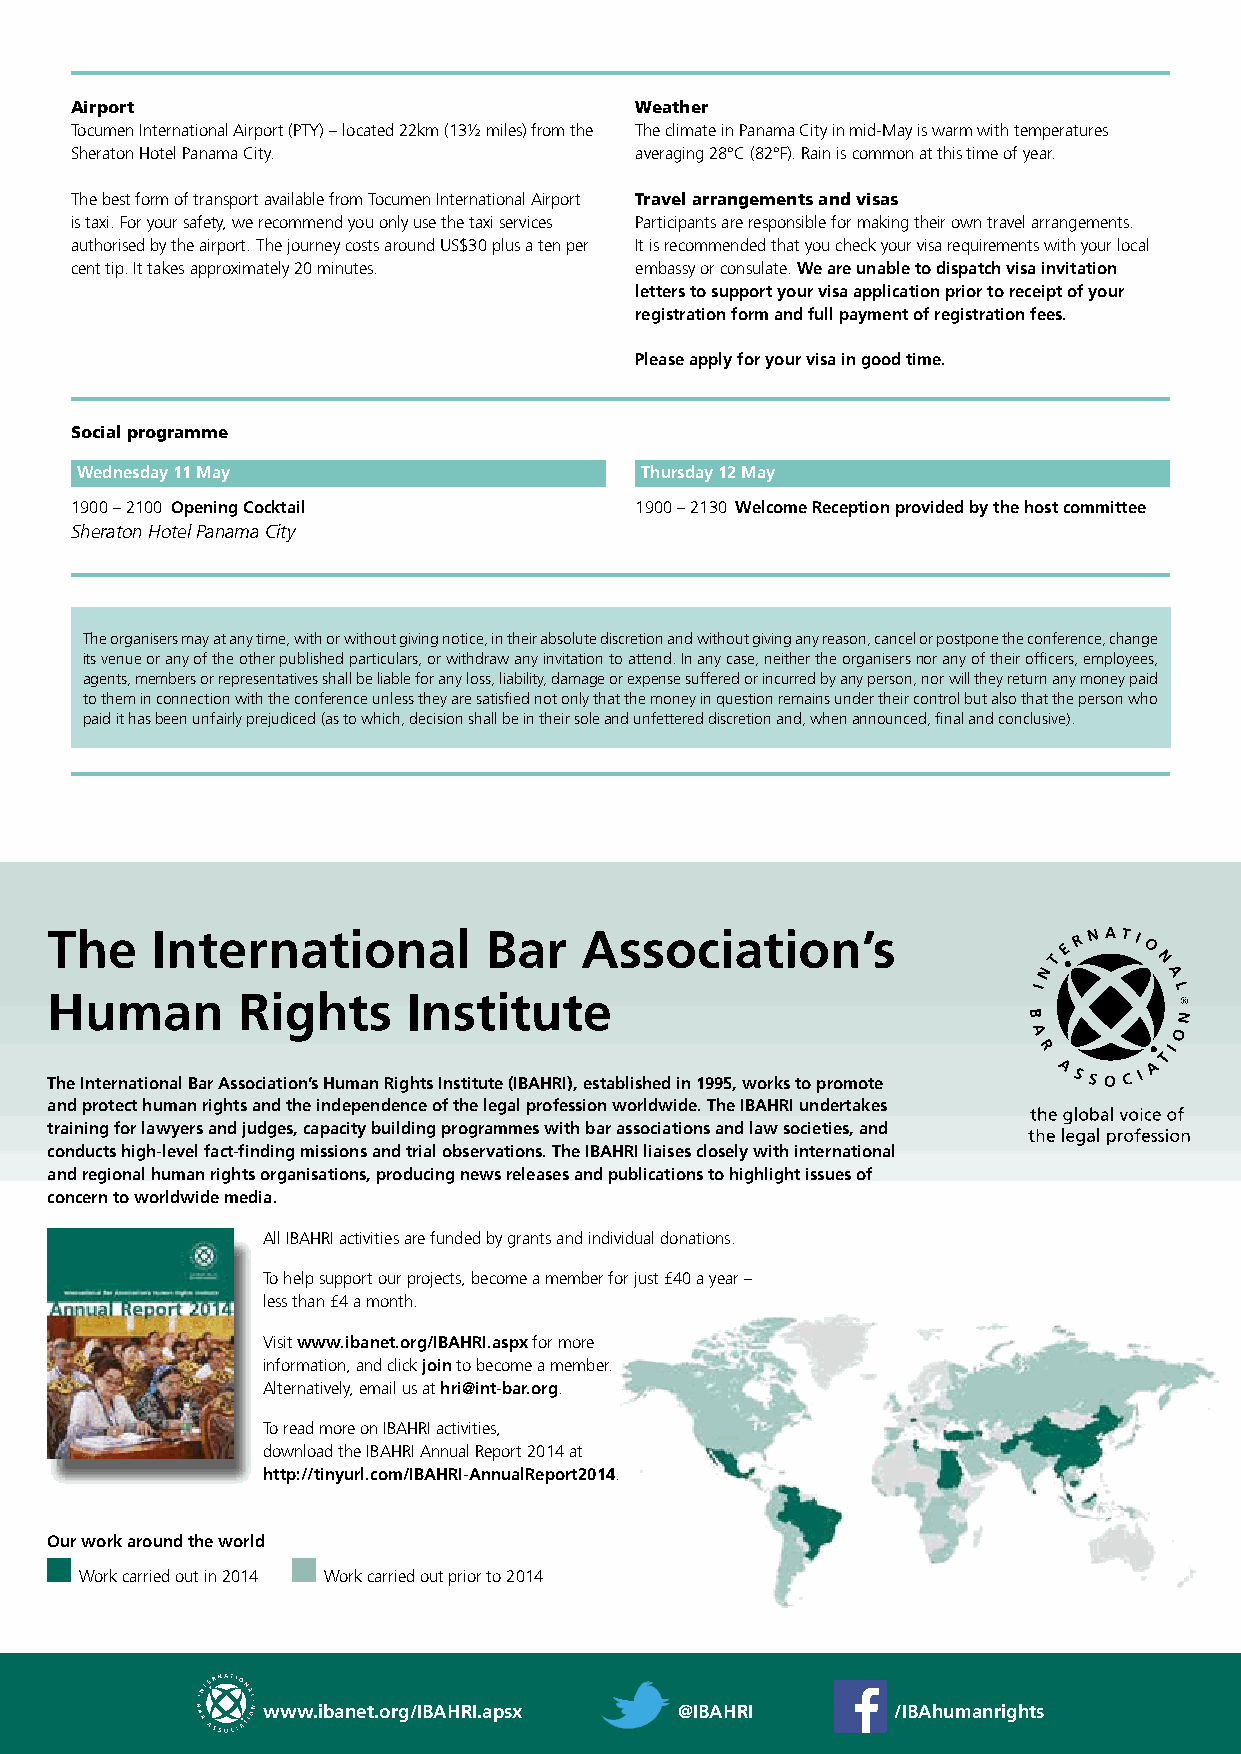
Airport                              Weather
 Tocumen International Airport (PTY) – located 22km (13½ miles) from the The climate in Panama City in mid-May is warm with temperatures
 Sheraton Hotel Panama City.          averaging 28°C (82°F). Rain is common at this time of year.
 The best form of transport available from Tocumen International Airport Travel arrangements and visas
 is taxi. For your safety, we recommend you only use the taxi services Participants are responsible for making their own travel arrangements.
 authorised by the airport. The journey costs around US$30 plus a ten per It is recommended that you check your visa requirements with your local
 cent tip. It takes approximately 20 minutes. embassy or consulate. We are unable to dispatch visa invitation
 letters to support your visa application prior to receipt of your
 registration form and full payment of registration fees.
 Please apply for your visa in good time.
 Social programme
 Wednesday 11 May                     Thursday 12 May
 1900 – 2100 Opening Cocktail         1900 – 2130 Welcome Reception provided by the host committee
 Sheraton Hotel Panama City
 The organisers may at any time, with or without giving notice, in their absolute discretion and without giving any reason, cancel or postpone the conference, change
 its venue or any of the other published particulars, or withdraw any invitation to attend. In any case, neither the organisers nor any of their officers, employees,
 agents, members or representatives shall be liable for any loss, liability, damage or expense suffered or incurred by any person, nor will they return any money paid
 to them in connection with the conference unless they are satisfied not only that the money in question remains under their control but also that the person who
 paid it has been unfairly prejudiced (as to which, decision shall be in their sole and unfettered discretion and, when announced, final and conclusive).
 The    International         Bar   Association’s
 Human        Rights     Institute
 The International Bar Association’s Human Rights Institute (IBAHRI), established in 1995, works to promote
 and protect human rights and the independence of the legal profession worldwide. The IBAHRI undertakes
 training for lawyers and judges, capacity building programmes with bar associations and law societies, and
 conducts high-level fact-fi nding missions and trial observations. The IBAHRI liaises closely with international
 and regional human rights organisations, producing news releases and publications to highlight issues of
 concern to worldwide media.
 All IBAHRI activities are funded by grants and individual donations.
 To help support our projects, become a member for just £40 a year –
 less than £4 a month.
 Visit www.ibanet.org/IBAHRI.aspx for more
 information, and click join to become a member.
 Alternatively, email us at hri@int-bar.org.
 To read more on IBAHRI activities,
 download the IBAHRI Annual Report 2014 at
 http://tinyurl.com/IBAHRI-AnnualReport2014.
 Our work around the world
 Work carried out in 2014 Work carried out prior to 2014
 www.ibanet.org/IBAHRI.apsx  @IBAHRI       /IBAhumanrights